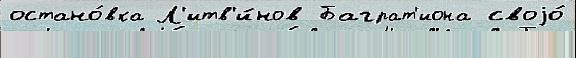
остано́вка Л'итв'и́нов Баграт'иона своjо́